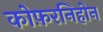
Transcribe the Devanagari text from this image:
कोफ़रनिहोन